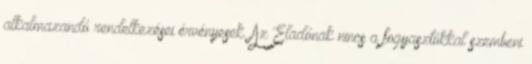
alkalmazandó rendelkezései érvényesek. Az Eladónak nincs a fogyasztókkal szembeni